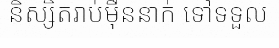
និស្សិតរាប់ម៉ឺននាក់ ទៅទទួល